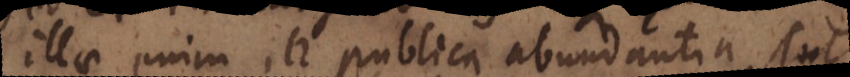
enim in publica abundantia (